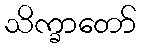
သိက္ခာတော်